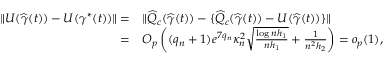
\begin{array} { r l } { \| U ( \widehat \gamma ( t ) ) - U ( \gamma ^ { * } ( t ) ) \| = } & { \| \widehat Q _ { c } ( \widehat \gamma ( t ) ) - \{ \widehat Q _ { c } ( \widehat \gamma ( t ) ) - U ( \widehat \gamma ( t ) ) \} \| } \\ { = } & { O _ { p } \left( ( q _ { n } + 1 ) e ^ { 7 q _ { n } } \kappa _ { n } ^ { 2 } \sqrt { \frac { \log n h _ { 1 } } { n h _ { 1 } } } + \frac { 1 } { n ^ { 2 } h _ { 2 } } \right) = o _ { p } ( 1 ) , } \end{array}